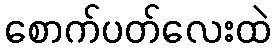
စောက်ပတ်လေးထဲ